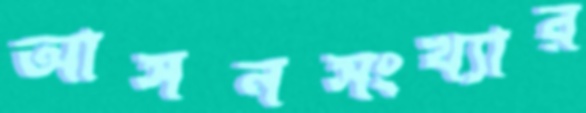
আসনসংখ্যার